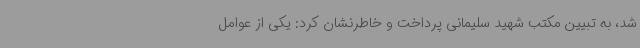
شد، به تبیین مکتب شهید سلیمانی پرداخت و خاطرنشان کرد: یکی از عوامل